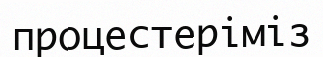
процестеріміз